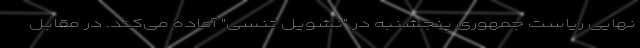
نهایی ریاست جمهوری پنجشنبه در "نشویل تنسی" آماده می‌کند. در مقابل